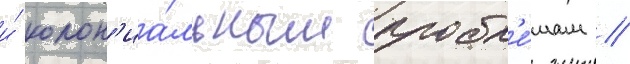
и́ колон'иа́льным пробл'е́мам /